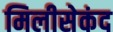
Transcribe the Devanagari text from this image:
मिलीसेकंद